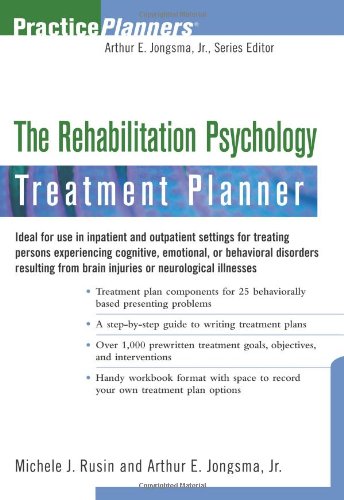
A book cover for The Rehabilitation Psychology Treatment Planner; Michele J. Rusin; Health, Fitness & Dieting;